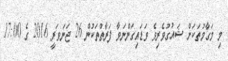
މި މަގާމުތަކަށް ޝައުގުވެރިވެ ވަޑައިގަންނަވާ ފަރާތްތަކުން 26 ޖަނަވަރީ 2016 ގެ 17:00